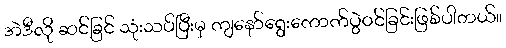
အဲဒီလို ဆင်ခြင် သုံးသပ်ပြီးမှ ကျနော်ရွေးကောက်ပွဲဝင်ခြင်းဖြစ်ပါတယ်။